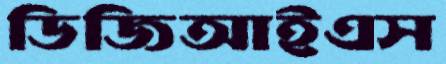
ডিজিআইএস